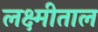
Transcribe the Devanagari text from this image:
लक्ष्मीताल